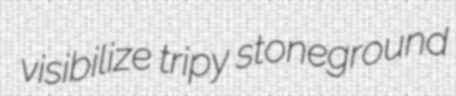
visibilize tripy stoneground